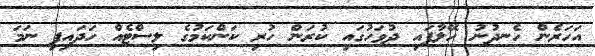
އަހަރެން ހެނދުނު ހޭލާފައި ދުވަހުގައި ކުރަން ހުރި ކަންކަމުގެ ލިސްޓެއް ހަދައިފި ނަމަ